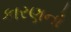
કારણનો